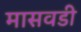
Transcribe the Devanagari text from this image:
मासवडी